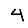
Digit: 4